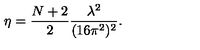
\eta = \frac { N + 2 } { 2 } \frac { \lambda ^ { 2 } } { ( 1 6 \pi ^ { 2 } ) ^ { 2 } } .